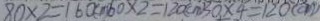
8 0 \times 2 = 1 6 0 ( c m ) 6 0 \times 2 = 1 2 0 c m 3 0 \times 4 = 1 2 0 c m